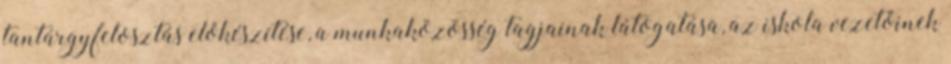
tantárgyfelosztás előkészítése, a munkaközösség tagjainak látogatása, az iskola vezetőinek